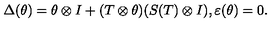
\Delta ( \theta ) = \theta \otimes I + ( T \otimes \theta ) ( S ( T ) \otimes I ) , \varepsilon ( \theta ) = 0 .